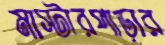
মাস্টারপাড়ার